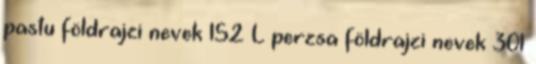
pastu földrajzi nevek‎ 152 L perzsa földrajzi nevek‎ 301